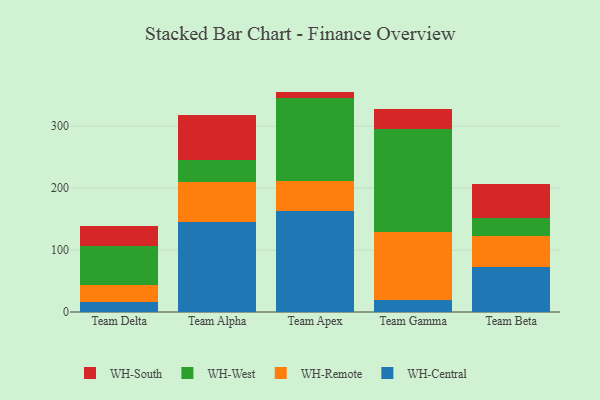
{"axis": {"x": "Team", "y": "Demand Index"}, "legend": ["WH-Central", "WH-Remote", "WH-South", "WH-West"], "data": [{"x": "Team Delta", "y": 16.7, "type": "WH-Central"}, {"x": "Team Delta", "y": 27.2, "type": "WH-Remote"}, {"x": "Team Delta", "y": 63.1, "type": "WH-West"}, {"x": "Team Delta", "y": 31.4, "type": "WH-South"}, {"x": "Team Alpha", "y": 144.5, "type": "WH-Central"}, {"x": "Team Alpha", "y": 65.7, "type": "WH-Remote"}, {"x": "Team Alpha", "y": 34.4, "type": "WH-West"}, {"x": "Team Alpha", "y": 72.9, "type": "WH-South"}, {"x": "Team Apex", "y": 163.2, "type": "WH-Central"}, {"x": "Team Apex", "y": 47.6, "type": "WH-Remote"}, {"x": "Team Apex", "y": 134.5, "type": "WH-West"}, {"x": "Team Apex", "y": 10.5, "type": "WH-South"}, {"x": "Team Gamma", "y": 18.8, "type": "WH-Central"}, {"x": "Team Gamma", "y": 110.4, "type": "WH-Remote"}, {"x": "Team Gamma", "y": 165.9, "type": "WH-West"}, {"x": "Team Gamma", "y": 32.5, "type": "WH-South"}, {"x": "Team Beta", "y": 72.1, "type": "WH-Central"}, {"x": "Team Beta", "y": 50.2, "type": "WH-Remote"}, {"x": "Team Beta", "y": 29.9, "type": "WH-West"}, {"x": "Team Beta", "y": 54.7, "type": "WH-South"}]}